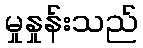
မှုနှုန်းသည်